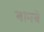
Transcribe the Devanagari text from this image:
बानबे